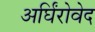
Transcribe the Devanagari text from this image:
अर्घिंरोवेद